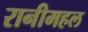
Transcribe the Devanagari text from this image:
रानीमहल